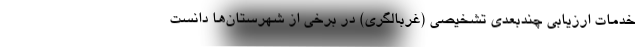
خدمات ارزیابی چندبعدی تشخیصی (غربالگری) در برخی از شهرستان‌ها دانست